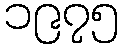
၁၉၇၅